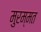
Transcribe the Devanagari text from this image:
मुरम्मत